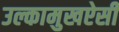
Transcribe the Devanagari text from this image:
उल्कामुखऐसी